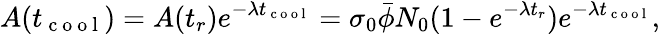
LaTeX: A(t_{\mathrm{~c~o~o~l~}})=A(t_{r})e^{-\lambda t_{\mathrm{~c~o~o~l~}}}=\sigma_{0}\bar{\phi}N_{0}(1-e^{-\lambda t_{r}})e^{-\lambda t_{\mathrm{~c~o~o~l~}}},